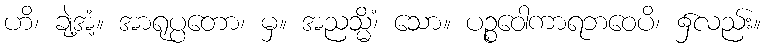
ဟိ၊ ချဲ့အံ့။ အာရုပ္ပတော၊ မှ။ အညသ္မိံ၊ သော။ ပဉ္စဝေါကာရဘဝေပိ၊ ၌လည်း။